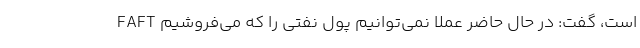
FAFT است، گفت: در حال حاضر عملا نمی‌توانیم پول نفتی را که می‌فروشیم